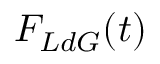
F _ { L d G } ( t )